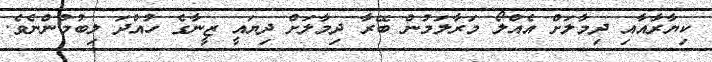
ކިޔާރާއާއި ދިމާލަށް އެއްލޯ މަރާލަމުން ބޭރާ ދިމާލަށް ދިޔައީ ޒީނާގެ ހުއްދަ ލިބުމުންނެވެ.